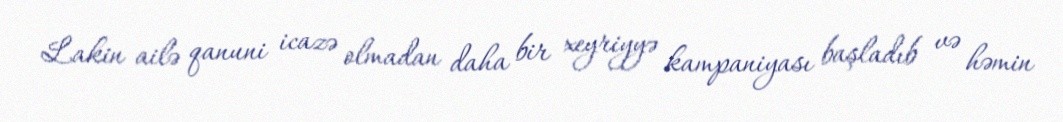
Lakin ailə qanuni icazə olmadan daha bir xeyriyyə kampaniyası başladıb və həmin